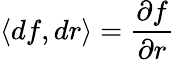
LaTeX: \langle df,dr\rangle={\frac{\partial f}{\partial r}}